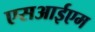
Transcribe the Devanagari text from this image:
एसआईएम